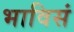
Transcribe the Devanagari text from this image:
भाविसं